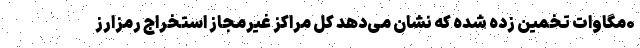
۰مگاوات تخمین زده شده که نشان می‌دهد کل مراکز غیرمجاز استخراج رمزارز